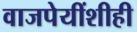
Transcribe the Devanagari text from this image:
वाजपेयींशीही